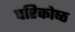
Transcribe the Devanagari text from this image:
परिकोष्‍ठ